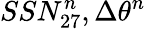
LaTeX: SSN_{27}^{n},\Delta\theta^{n}